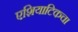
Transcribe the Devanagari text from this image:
एशियाटिकचा